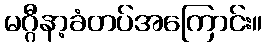
မဂ္ဂီနာ့ခံတပ်အကြောင်း။